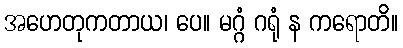
အဟေတုကတာယ၊ ပေ။ မဂ္ဂံ ဂရုံ န ကရောတိ။